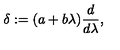
\delta : = ( a + b \lambda ) \frac { d } { d \lambda } ,